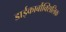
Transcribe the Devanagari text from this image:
डाईकार्बौक्सिलिक